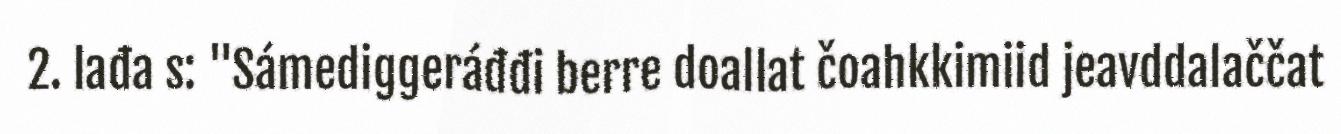
2. lađa s: "Sámediggeráđđi berre doallat čoahkkimiid jeavddalaččat